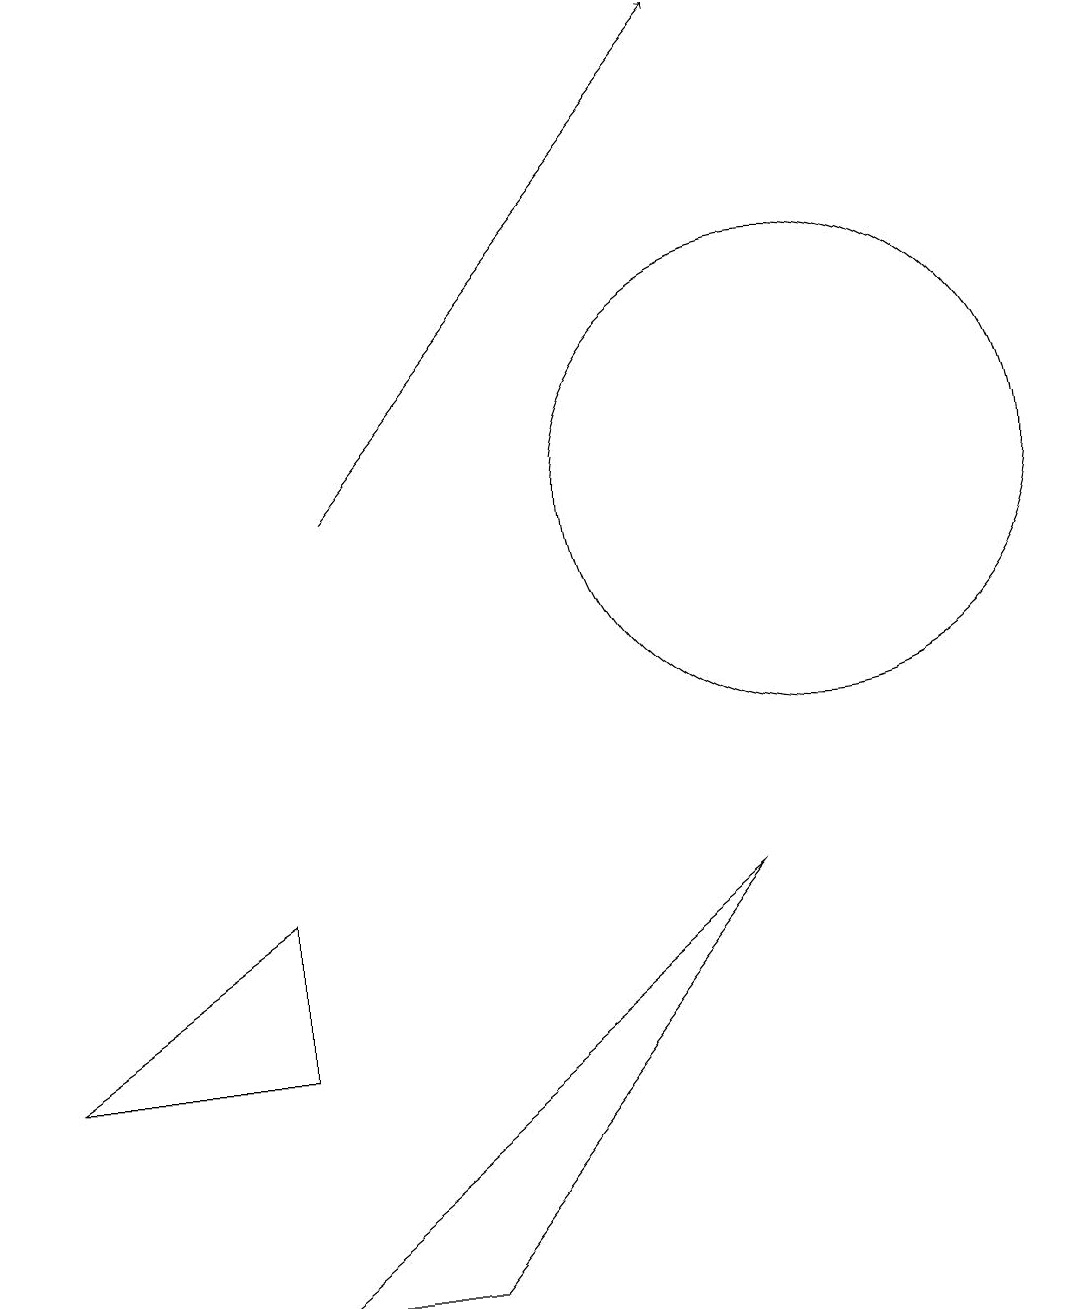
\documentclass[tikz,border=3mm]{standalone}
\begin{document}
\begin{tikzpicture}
\draw (10,10) circle (3);
\draw[->] (4,10) -- (9,16);
\draw (5,0) -- (9,5) -- (3,0) -- cycle;
\draw (3,5) -- (0,3) -- (3,3) -- cycle;
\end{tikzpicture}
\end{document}